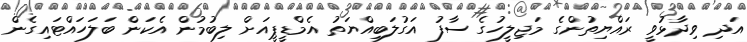
އަދި ވިދާޅުވީ ރައްޔިތުންގެ މަޖިލީހުގެ ސާފު އަގުލަބިއްޔަތު އެމްޑީޕީއަށް ލިބުމުން އެކަން ބަލަހައްޓައިގެން